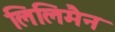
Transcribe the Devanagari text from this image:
लिलिमैन